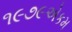
૧૯૭૯એકમ